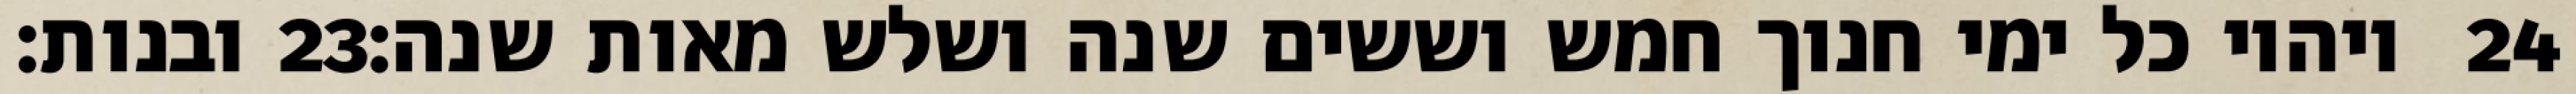
ובנות׃ ‎23‏ ויהיו כל ימי חנוך חמש וששים שנה ושלש מאות שנה׃ ‎24‏